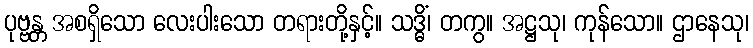
ပုဗ္ဗန္တ အစရှိသော လေးပါးသော တရားတို့နှင့်။ သဒ္ဓိံ၊ တကွ။ အဋ္ဌသု၊ ကုန်သော။ ဌာနေသု၊